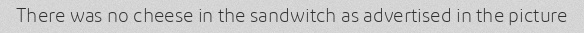
There was no cheese in the sandwitch as advertised in the picture